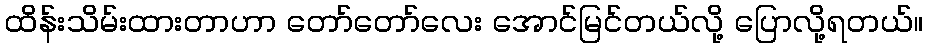
ထိန်းသိမ်းထားတာဟာ တော်တော်လေး အောင်မြင်တယ်လို့ ပြောလို့ရတယ်။